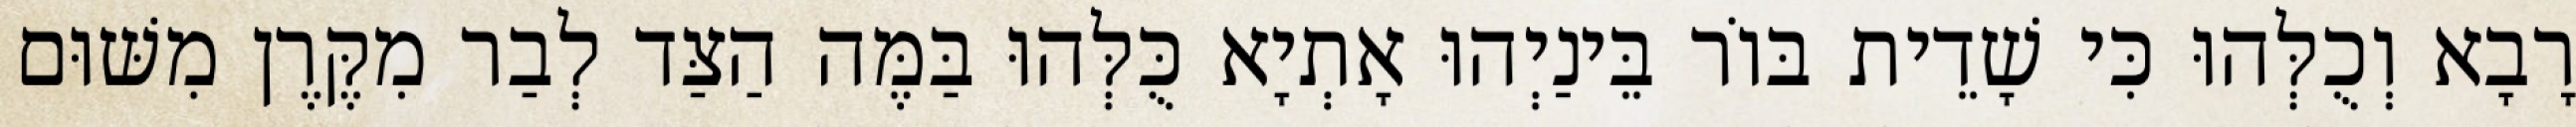
רָבָא וְכֻלְּהוּ כִּי שָׁדֵית בּוֹר בֵּינַיְהוּ אָתְיָא כֻּלְּהוּ בַּמֶּה הַצַּד לְבַר מִקֶּרֶן מִשּׁוּם